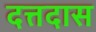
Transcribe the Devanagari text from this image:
दत्तदास